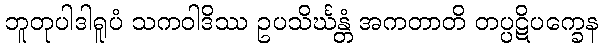
ဘူတုပါဒါရူပံ သကဝါဒိဿ ဥပသိင်္ဃန္တံ အကတာတိ တပ္ပဋိပက္ခေန